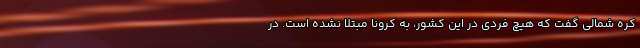
کره شمالی گفت که هیچ فردی در این کشور، به کرونا مبتلا نشده است. در